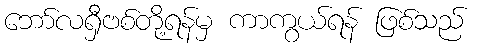
ဘော်လရှီဗစ်တို့ရန်မှ ကာကွယ်ရန် ဖြစ်သည်